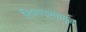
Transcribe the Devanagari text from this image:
खिलपर्वातून